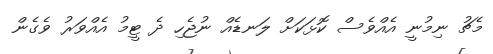
މެޗު ނިމުނީ އެއްވެސް ކޮޅަކަށް ލަނޑެއް ނުޖެހި ދެ ޓީމު އެއްވަރު ވެގެން